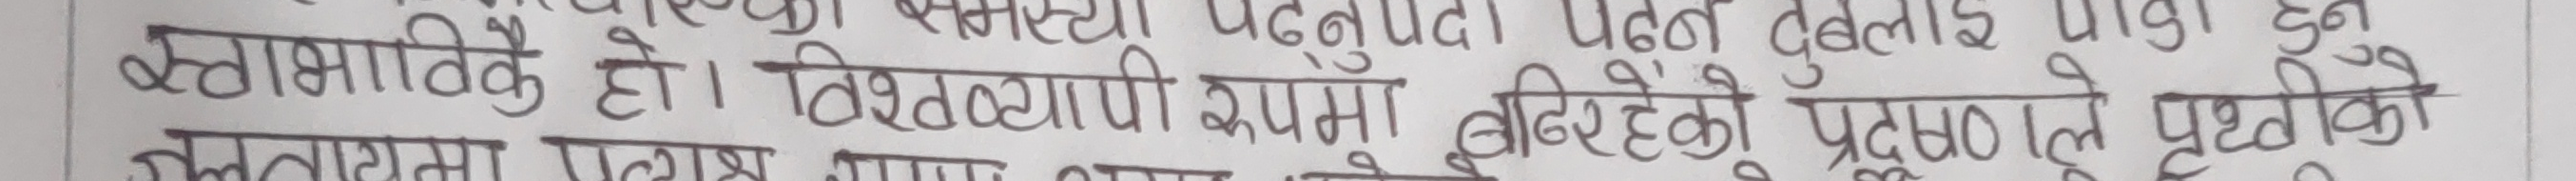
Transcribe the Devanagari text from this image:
अस्वाभाविक हो। विद्यार्थी कक्षामा बिरहेको प्रमाणले पृथ्वीको